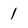
Character: 1